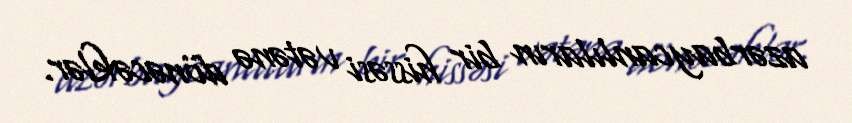
azərbaycanlıların bir hissəsi vətənə dönəcəklər.